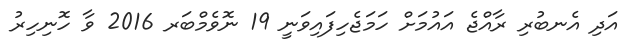
އަދި އެނބުރި ރާއްޖެ އައުމަށް ހަމަޖެހިފައިވަނީ 19 ނޮވެމްބަރ 2016 ވާ ހޮނިހިރު